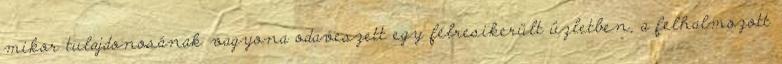
mikor tulajdonosának vagyona odaveszett egy félresikerült üzletben, a felhalmozott